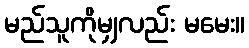
မည်သူကိုမျှလည်း မမေး။